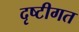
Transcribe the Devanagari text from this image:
दृष्टीगत